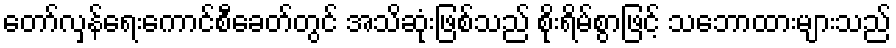
တော်လှန်ရေးကောင်စီခေတ်တွင် အသိဆုံးဖြစ်သည် စိုးရိမ်စွာဖြင့် သဘောထားများသည်